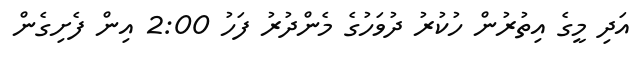
އަދި މީގެ އިތުރުން ހުކުރު ދުވަހުގެ މެންދުރު ފަހު 2:00 އިން ފެށިގެން